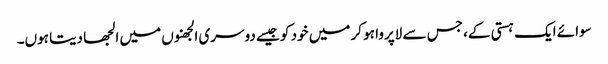
سوائے ایک ہستی کے، جس سے لاپروا ہو کر میں خود کو جیسے دوسری الجھنوں میں الجھا دیتا ہوں۔